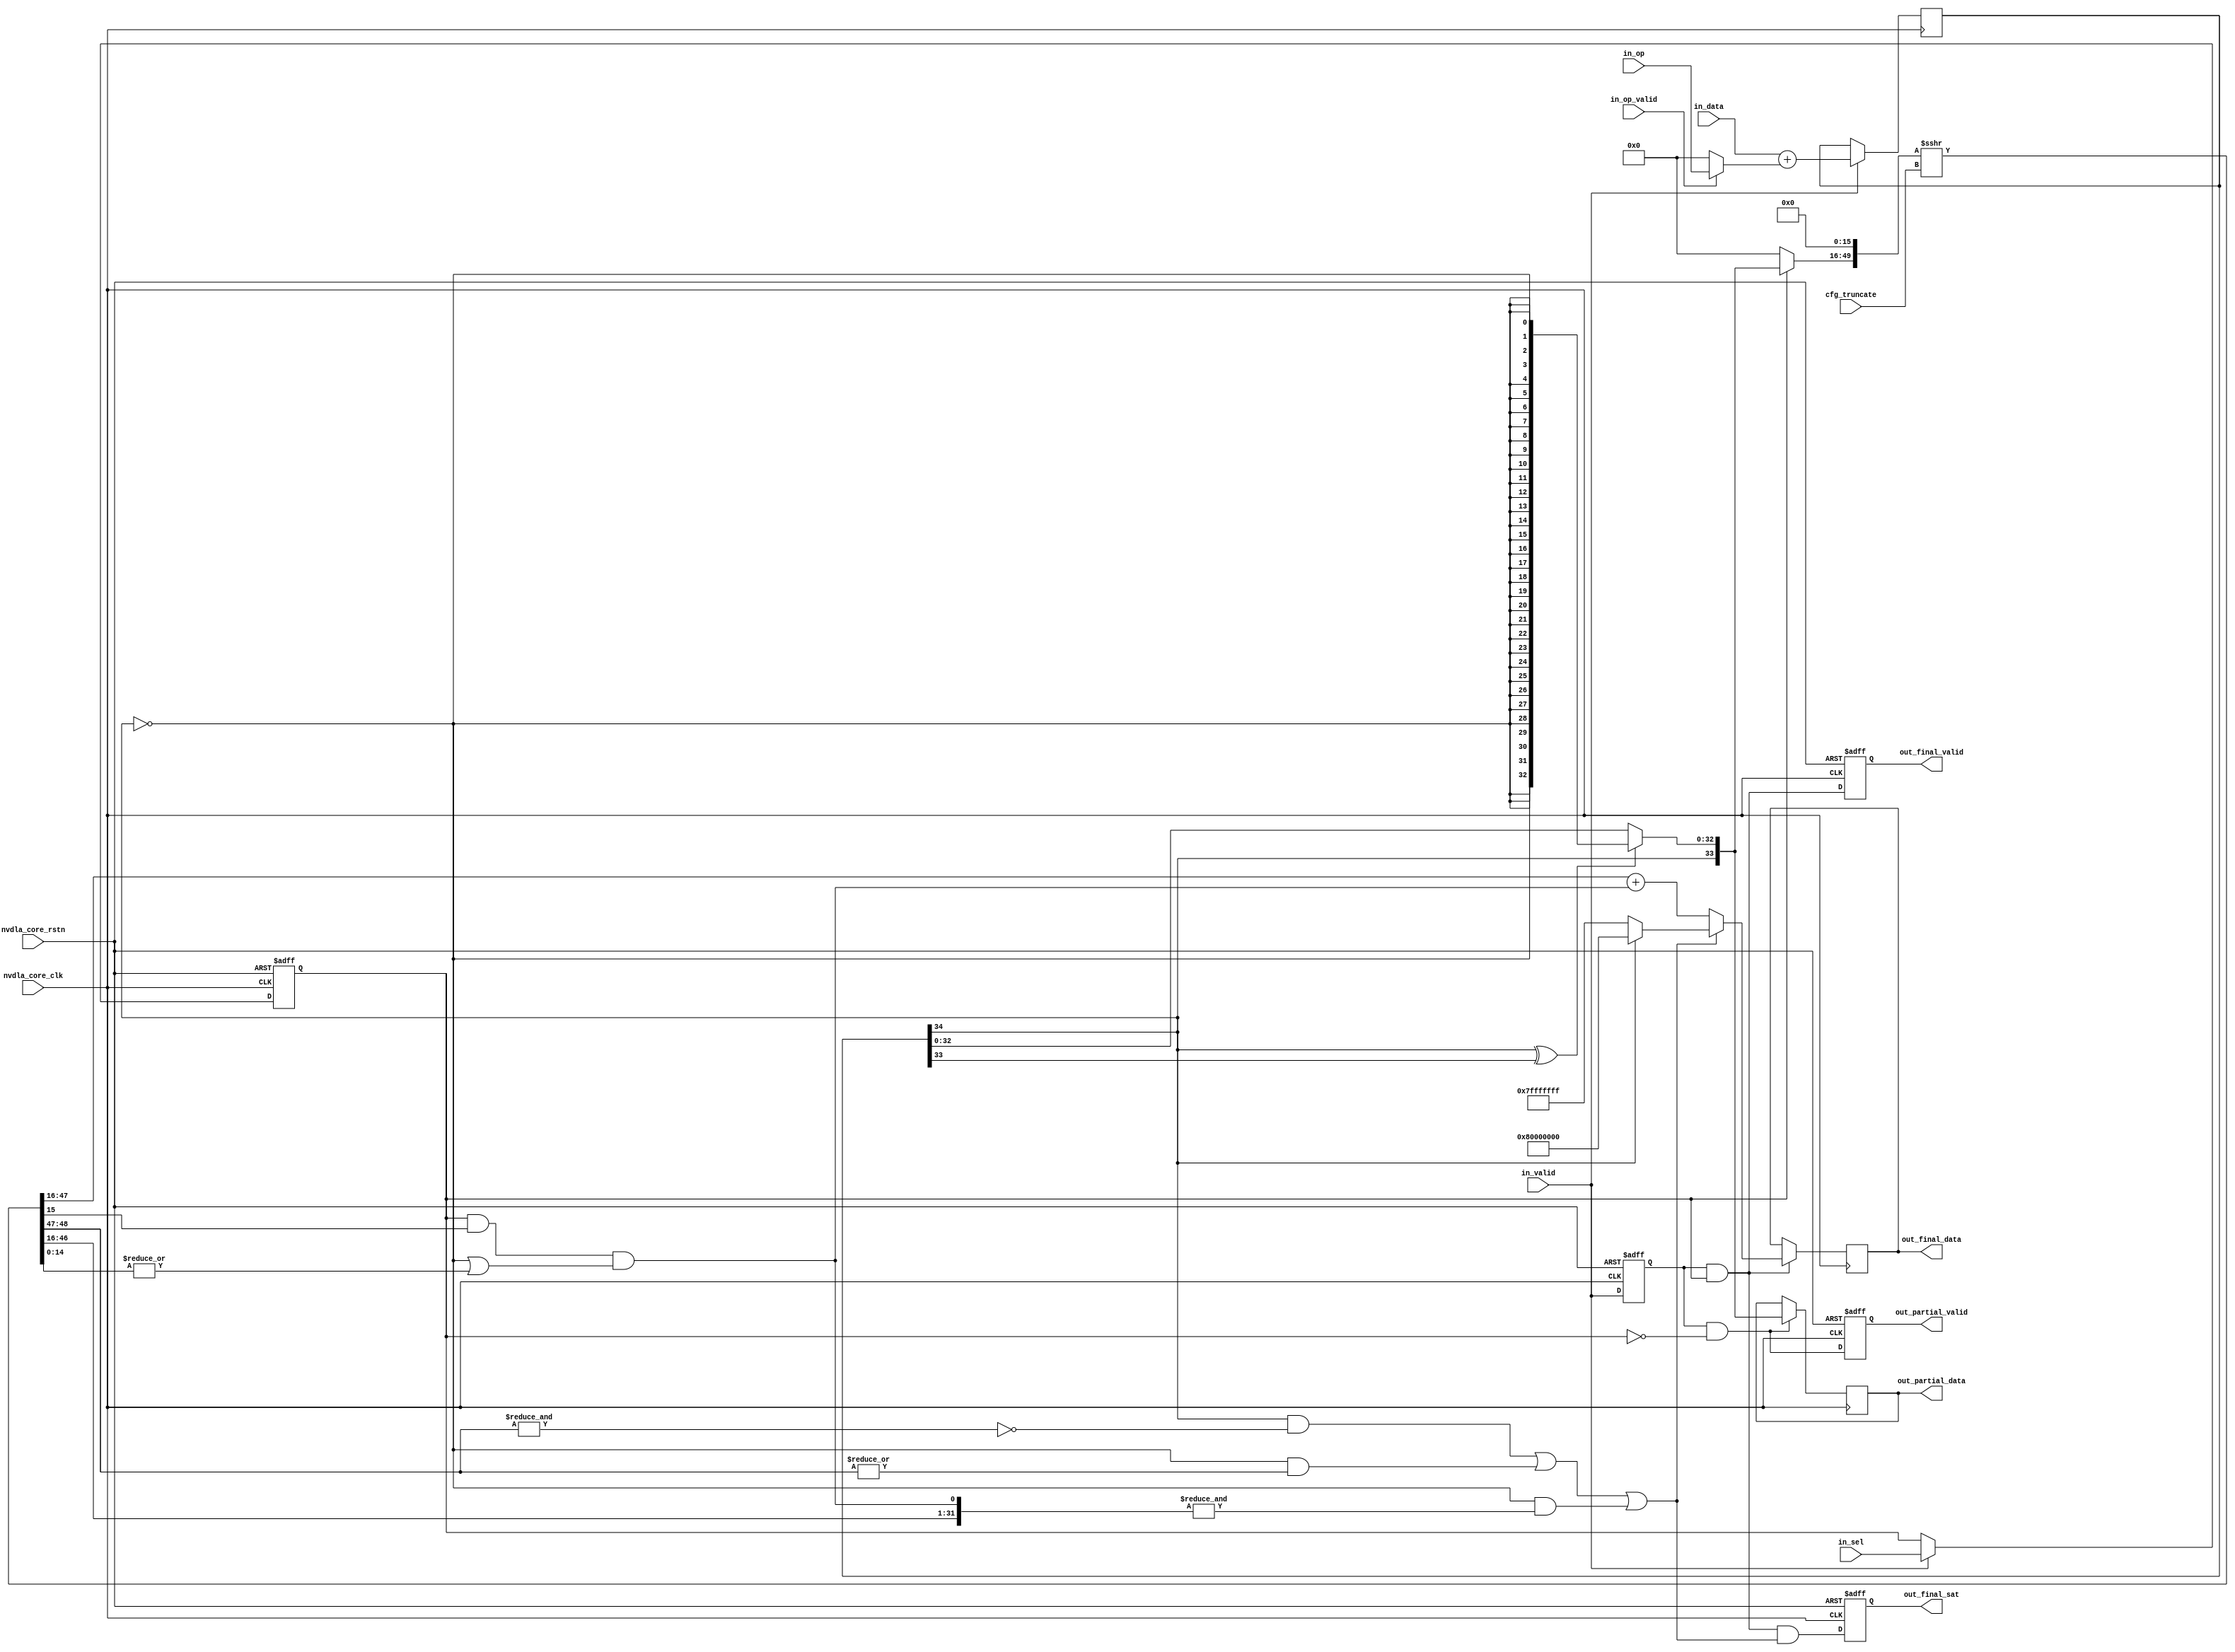
// ================================================================
// NVDLA Open Source Project
// 
// Copyright(c) 2016 - 2017 NVIDIA Corporation.  Licensed under the
// NVDLA Open Hardware License; Check "LICENSE" which comes with 
// this distribution for more information.
// ================================================================


module NV_NVDLA_CACC_CALC_int8 (
   nvdla_core_clk
  ,nvdla_core_rstn
  ,cfg_truncate
  ,in_data
  ,in_op
  ,in_op_valid
  ,in_sel
  ,in_valid
  ,out_final_data
  ,out_final_sat
  ,out_final_valid
  ,out_partial_data
  ,out_partial_valid
  );
input   [4:0] cfg_truncate;
input  [21:0] in_data;
input  [33:0] in_op;
input         in_op_valid;
input         in_sel;
input         in_valid;
output [31:0] out_final_data;
output        out_final_sat;
output        out_final_valid;
output [33:0] out_partial_data;
output        out_partial_valid;

input nvdla_core_clk;
input nvdla_core_rstn;

reg    [32:0] i_sat_bits;
reg           i_sat_sel;
reg           i_sat_vld;
reg    [34:0] i_sum_pd;
reg    [31:0] out_final_data;
reg           out_final_sat;
reg           out_final_valid;
reg    [33:0] out_partial_data;
reg           out_partial_valid;
wire   [21:0] di_pd;
wire   [31:0] i_final_result;
wire          i_final_vld;
wire          i_guide;
wire   [33:0] i_partial_result;
wire          i_partial_vld;
wire          i_point5;
wire   [31:0] i_pos_pd;
wire   [33:0] i_pre_sft_pd;
wire   [33:0] i_sat_pd;
wire          i_sat_sign;
wire          i_sel;
wire   [31:0] i_sft_max;
wire          i_sft_need_sat;
wire   [33:0] i_sft_pd;
wire   [14:0] i_stick;
wire          i_sum_msb;
wire   [34:0] i_sum_pd_nxt;
wire          i_sum_sign;
wire   [31:0] i_tru_pd;
wire          i_vld;
wire   [33:0] in_mask_op;
wire          mon_pos_pd_c;
wire   [33:0] oi_pd;

// synoff nets

// monitor nets

// debug nets

// tie high nets

// tie low nets

// no connect nets

// not all bits used nets

// todo nets

    

assign i_sel = in_sel;
assign i_vld = in_valid;
assign in_mask_op = in_op_valid ? in_op[33:0] : 34'b0;

assign di_pd = in_data[21:0];
assign oi_pd = in_mask_op[33:0];

always @(posedge nvdla_core_clk or negedge nvdla_core_rstn) begin
  if (!nvdla_core_rstn) begin
    i_sat_vld <= 1'b0;
  end else begin
  i_sat_vld <= i_vld;
  end
end
always @(posedge nvdla_core_clk or negedge nvdla_core_rstn) begin
  if (!nvdla_core_rstn) begin
    i_sat_sel <= 1'b0;
  end else begin
  if ((i_vld) == 1'b1) begin
    i_sat_sel <= i_sel;
  // VCS coverage off
  end else if ((i_vld) == 1'b0) begin
  end else begin
    i_sat_sel <= 'bx;  // spyglass disable STARC-2.10.1.6 W443 NoWidthInBasedNum-ML -- (Constant containing x or z used, Based number `bx contains an X, Width specification missing for based number)
  // VCS coverage on
  end
  end
end
`ifdef SPYGLASS_ASSERT_ON
`else
// spyglass disable_block NoWidthInBasedNum-ML 
// spyglass disable_block STARC-2.10.3.2a 
// spyglass disable_block STARC05-2.1.3.1 
// spyglass disable_block STARC-2.1.4.6 
// spyglass disable_block W116 
// spyglass disable_block W154 
// spyglass disable_block W239 
// spyglass disable_block W362 
// spyglass disable_block WRN_58 
// spyglass disable_block WRN_61 
`endif // SPYGLASS_ASSERT_ON
`ifdef ASSERT_ON
`ifdef FV_ASSERT_ON
`define ASSERT_RESET nvdla_core_rstn
`else
`ifdef SYNTHESIS
`define ASSERT_RESET nvdla_core_rstn
`else
`ifdef ASSERT_OFF_RESET_IS_X
`define ASSERT_RESET ((1'bx === nvdla_core_rstn) ? 1'b0 : nvdla_core_rstn)
`else
`define ASSERT_RESET ((1'bx === nvdla_core_rstn) ? 1'b1 : nvdla_core_rstn)
`endif // ASSERT_OFF_RESET_IS_X
`endif // SYNTHESIS
`endif // FV_ASSERT_ON
`ifndef SYNTHESIS
  // VCS coverage off 
  nv_assert_no_x #(0,1,0,"No X's allowed on control signals")      zzz_assert_no_x_1x (nvdla_core_clk, `ASSERT_RESET, 1'd1,  (^(i_vld))); // spyglass disable W504 SelfDeterminedExpr-ML 
  // VCS coverage on
`endif
`undef ASSERT_RESET
`endif // ASSERT_ON
`ifdef SPYGLASS_ASSERT_ON
`else
// spyglass enable_block NoWidthInBasedNum-ML 
// spyglass enable_block STARC-2.10.3.2a 
// spyglass enable_block STARC05-2.1.3.1 
// spyglass enable_block STARC-2.1.4.6 
// spyglass enable_block W116 
// spyglass enable_block W154 
// spyglass enable_block W239 
// spyglass enable_block W362 
// spyglass enable_block WRN_58 
// spyglass enable_block WRN_61 
`endif // SPYGLASS_ASSERT_ON

//====================
// Addition
//====================
assign i_sum_pd_nxt[34:0] = $signed(di_pd) + $signed(oi_pd);
always @(posedge nvdla_core_clk) begin
  if ((i_vld) == 1'b1) begin
    i_sum_pd <= i_sum_pd_nxt;
  // VCS coverage off
  end else if ((i_vld) == 1'b0) begin
  end else begin
    i_sum_pd <= 'bx;  // spyglass disable STARC-2.10.1.6 W443 NoWidthInBasedNum-ML -- (Constant containing x or z used, Based number `bx contains an X, Width specification missing for based number)
  // VCS coverage on
  end
end

//====================
// narrow down to 34bit, and need satuation only
//====================
assign i_sum_sign = i_sum_pd[34 +1 -1];
assign i_sum_msb  = i_sum_pd[34 +1 -2];
assign i_sat_sign = i_sum_sign;

always @(
  i_sum_sign
  or i_sum_msb
  or i_sum_pd
  ) begin
    if (i_sum_sign ^ i_sum_msb) begin // overflow, need satuation
        i_sat_bits = {33{~i_sum_sign}};
    end else begin
        i_sat_bits = i_sum_pd[32:0];
    end
end

assign i_sat_pd = {i_sat_sign,i_sat_bits};
assign i_partial_result = i_sat_pd;

//====================
// narrow down to 32bit, and need rounding and satuation 
//====================
assign i_pre_sft_pd = i_sat_sel ? i_sat_pd[33:0] : {34{1'b0}};
assign {i_sft_pd[33:0], i_guide, i_stick[14:0]} = ($signed({i_pre_sft_pd, 16'b0}) >>> cfg_truncate);

assign i_sft_need_sat = (i_sat_sign & ~(&i_sft_pd[32:31])) |
                        (~i_sat_sign & (|i_sft_pd[32:31])) |
                        (~i_sat_sign & (&{i_sft_pd[30:0], i_point5}));
assign i_sft_max      = i_sat_sign ? {1'b1, 31'b0} : ~{1'b1, 31'b0};

assign i_point5 = i_sat_sel & i_guide & (~i_sat_sign | (|i_stick));
assign {mon_pos_pd_c, i_pos_pd[31:0]} = i_sft_pd[31:0] + i_point5;
assign i_tru_pd   = i_pos_pd;

assign i_final_result = i_sft_need_sat ? i_sft_max : i_tru_pd;

assign i_partial_vld = i_sat_vld & ~i_sat_sel;
assign i_final_vld = i_sat_vld & i_sat_sel;

//====================
always @(posedge nvdla_core_clk or negedge nvdla_core_rstn) begin
  if (!nvdla_core_rstn) begin
    out_partial_valid <= 1'b0;
  end else begin
  out_partial_valid <= i_partial_vld;
  end
end
always @(posedge nvdla_core_clk) begin
  if ((i_partial_vld) == 1'b1) begin
    out_partial_data <= i_partial_result;
  // VCS coverage off
  end else if ((i_partial_vld) == 1'b0) begin
  end else begin
    out_partial_data <= 'bx;  // spyglass disable STARC-2.10.1.6 W443 NoWidthInBasedNum-ML -- (Constant containing x or z used, Based number `bx contains an X, Width specification missing for based number)
  // VCS coverage on
  end
end

always @(posedge nvdla_core_clk or negedge nvdla_core_rstn) begin
  if (!nvdla_core_rstn) begin
    out_final_valid <= 1'b0;
  end else begin
  out_final_valid <= i_final_vld;
  end
end
always @(posedge nvdla_core_clk or negedge nvdla_core_rstn) begin
  if (!nvdla_core_rstn) begin
    out_final_sat <= 1'b0;
  end else begin
  out_final_sat <= i_final_vld & i_sft_need_sat;
  end
end
always @(posedge nvdla_core_clk) begin
  if ((i_final_vld) == 1'b1) begin
    out_final_data <= i_final_result;
  // VCS coverage off
  end else if ((i_final_vld) == 1'b0) begin
  end else begin
    out_final_data <= 'bx;  // spyglass disable STARC-2.10.1.6 W443 NoWidthInBasedNum-ML -- (Constant containing x or z used, Based number `bx contains an X, Width specification missing for based number)
  // VCS coverage on
  end
end


//VCS coverage off
`ifndef DISABLE_FUNCPOINT
  `ifdef ENABLE_FUNCPOINT

    reg funcpoint_cover_off;
    initial begin
        if ( $test$plusargs( "cover_off" ) ) begin
            funcpoint_cover_off = 1'b1;
        end else begin
            funcpoint_cover_off = 1'b0;
        end
    end

    property cacc_calc_int8__partial_sum_need_sat__0_cov;
        disable iff((nvdla_core_rstn !== 1) || funcpoint_cover_off)
        @(posedge nvdla_core_clk)
        i_sum_sign ^ i_sum_msb;
    endproperty
    // Cover 0 : "i_sum_sign ^ i_sum_msb"
    FUNCPOINT_cacc_calc_int8__partial_sum_need_sat__0_COV : cover property (cacc_calc_int8__partial_sum_need_sat__0_cov);

  `endif
`endif
//VCS coverage on

//VCS coverage off
`ifndef DISABLE_FUNCPOINT
  `ifdef ENABLE_FUNCPOINT

    property cacc_calc_int8__out32_need_sat_pos__1_cov;
        disable iff((nvdla_core_rstn !== 1) || funcpoint_cover_off)
        @(posedge nvdla_core_clk)
        i_sft_need_sat & ~i_sat_sign & ~i_point5;
    endproperty
    // Cover 1 : "i_sft_need_sat & ~i_sat_sign & ~i_point5"
    FUNCPOINT_cacc_calc_int8__out32_need_sat_pos__1_COV : cover property (cacc_calc_int8__out32_need_sat_pos__1_cov);

  `endif
`endif
//VCS coverage on

//VCS coverage off
`ifndef DISABLE_FUNCPOINT
  `ifdef ENABLE_FUNCPOINT

    property cacc_calc_int8__out32_round_need_sat_pos__2_cov;
        disable iff((nvdla_core_rstn !== 1) || funcpoint_cover_off)
        @(posedge nvdla_core_clk)
        i_sft_need_sat & ~i_sat_sign & i_point5;
    endproperty
    // Cover 2 : "i_sft_need_sat & ~i_sat_sign & i_point5"
    FUNCPOINT_cacc_calc_int8__out32_round_need_sat_pos__2_COV : cover property (cacc_calc_int8__out32_round_need_sat_pos__2_cov);

  `endif
`endif
//VCS coverage on

//VCS coverage off
`ifndef DISABLE_FUNCPOINT
  `ifdef ENABLE_FUNCPOINT

    property cacc_calc_int8__out32_round_need_sat_neg__3_cov;
        disable iff((nvdla_core_rstn !== 1) || funcpoint_cover_off)
        @(posedge nvdla_core_clk)
        i_sft_need_sat & i_sat_sign;
    endproperty
    // Cover 3 : "i_sft_need_sat & i_sat_sign"
    FUNCPOINT_cacc_calc_int8__out32_round_need_sat_neg__3_COV : cover property (cacc_calc_int8__out32_round_need_sat_neg__3_cov);

  `endif
`endif
//VCS coverage on


endmodule // NV_NVDLA_CACC_CALC_int8